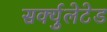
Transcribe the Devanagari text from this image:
सर्क्युलेटेड